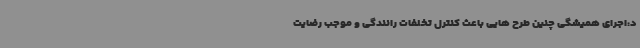
د:اجرای همیشگی چنین طرح هایی باعث کنترل تخلفات رانندگی و موجب رضایت